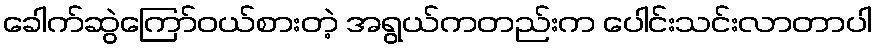
ခေါက်ဆွဲကြော်ဝယ်စားတဲ့ အရွယ်ကတည်းက ပေါင်းသင်းလာတာပါ